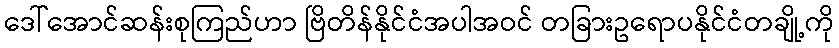
ဒေါ်အောင်ဆန်းစုကြည်ဟာ ဗြိတိန်နိုင်ငံအပါအဝင် တခြားဥရောပနိုင်ငံတချို့ကို